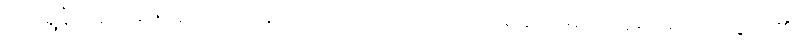
ကိုရွှေနီသည် ခဏခဏပင် နောက်ဖေးလှေကားမှ တက်မိဆင်းမိမည်ရှိ၍ မခေါင်ညွယ်၏